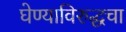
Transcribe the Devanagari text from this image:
घेण्याविरुद्धचा